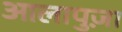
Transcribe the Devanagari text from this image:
आलापुज़ा